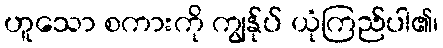
ဟူသော စကားကို ကျွန်ုပ် ယုံကြည်ပါ၏၊